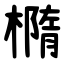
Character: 橢